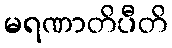
မရဏာတိပီတိ